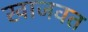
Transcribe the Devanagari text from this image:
खाजवत